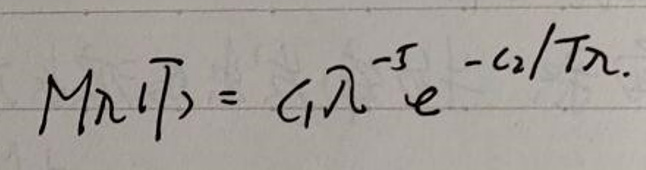
$M(\lambda)=c_{1} \lambda^{-5} e^{-c_{2} / \lambda}$